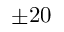
\pm 2 0